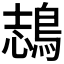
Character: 𪁓